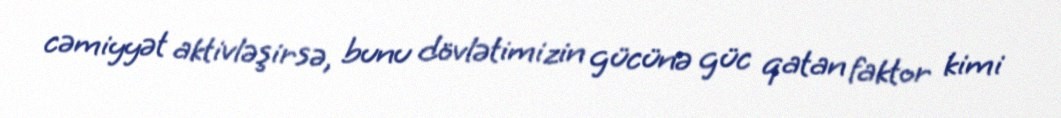
cəmiyyət aktivləşirsə, bunu dövlətimizin gücünə güc qatan faktor kimi